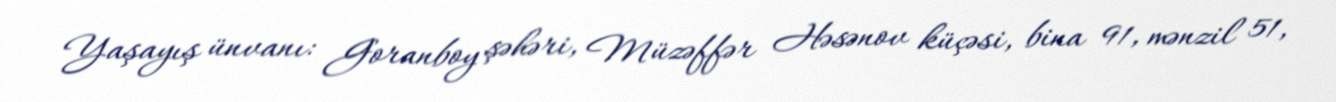
Yaşayış ünvanı: Goranboy şəhəri, Müzəffər Həsənov küçəsi, bina 91, mənzil 51,